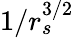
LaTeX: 1/r_{s}^{3/2}